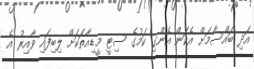
އަދި ބައްސާމަށް އެކަން އެންގި ކަމުގެ ސިޓީ މީޑިއާތަކަށް ލިބިފައި ވާއިރު އެ